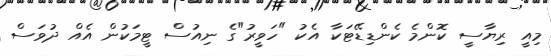
މިއީ ރިޔާސީ ކޮންމެ ކެންޑިޑޭޓަކާ އެކު "ހަވީރު"ގެ ނިއުސް ޓީމަކުން އެއް ދުވަސް